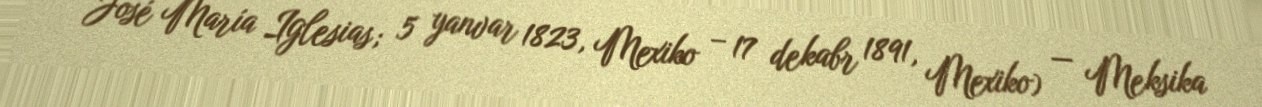
José María Iglesias; 5 yanvar 1823, Mexiko – 17 dekabr 1891, Mexiko) — Meksika